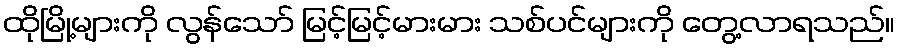
ထိုမြို့များကို လွန်သော် မြင့်မြင့်မားမား သစ်ပင်များကို တွေ့လာရသည်။